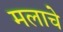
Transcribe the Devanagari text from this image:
मलाचे